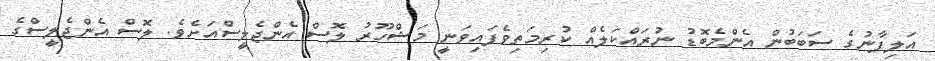
އަލިފާނުގެ ސަބަބުން އެންމެބޮޑު ނުރައްކަލެއް ކުރިމަތިވެފައިވަނީ މަޝްހޫރު ލޮސް އެންޖެލީސްއަށެވެ. ލޮސް އެންޖެލީސްގެ